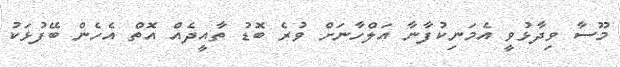
މޫސާ ވިދާޅުވީ އެމަނިކުފާނާ އަލްހާނަށް ވުރެ ބޮޑު ތާއީދެއް އޮތް އެހެން ބޭފުޅަކު